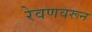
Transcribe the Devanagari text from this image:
रेवणवरून